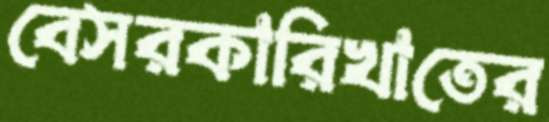
বেসরকারিখাতের